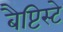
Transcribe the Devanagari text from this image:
बैप्टिस्टे